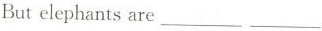
Butelephants are___ ___